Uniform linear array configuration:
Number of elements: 8
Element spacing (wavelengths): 1
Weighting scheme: uniform
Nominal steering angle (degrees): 60
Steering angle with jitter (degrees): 59.154
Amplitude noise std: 0.05
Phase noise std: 0.05

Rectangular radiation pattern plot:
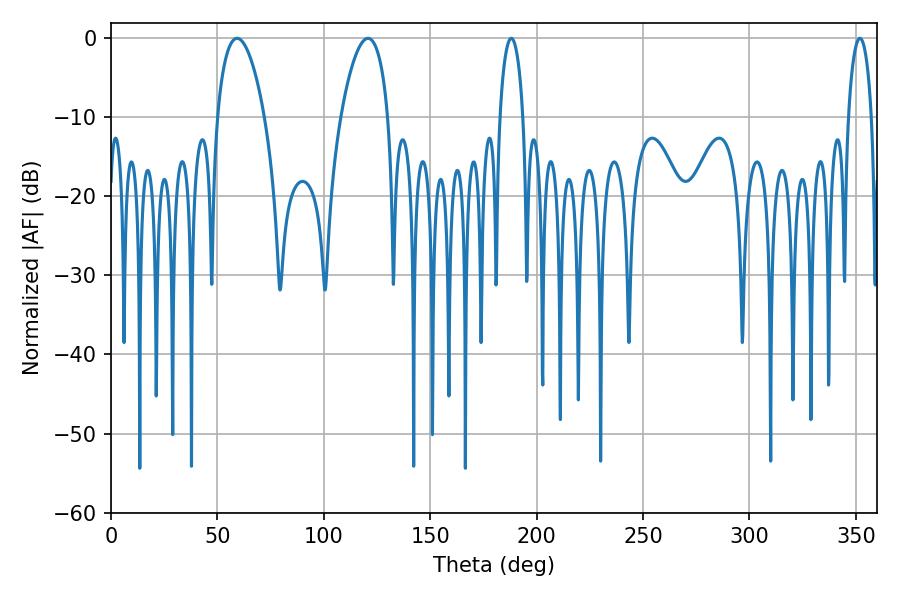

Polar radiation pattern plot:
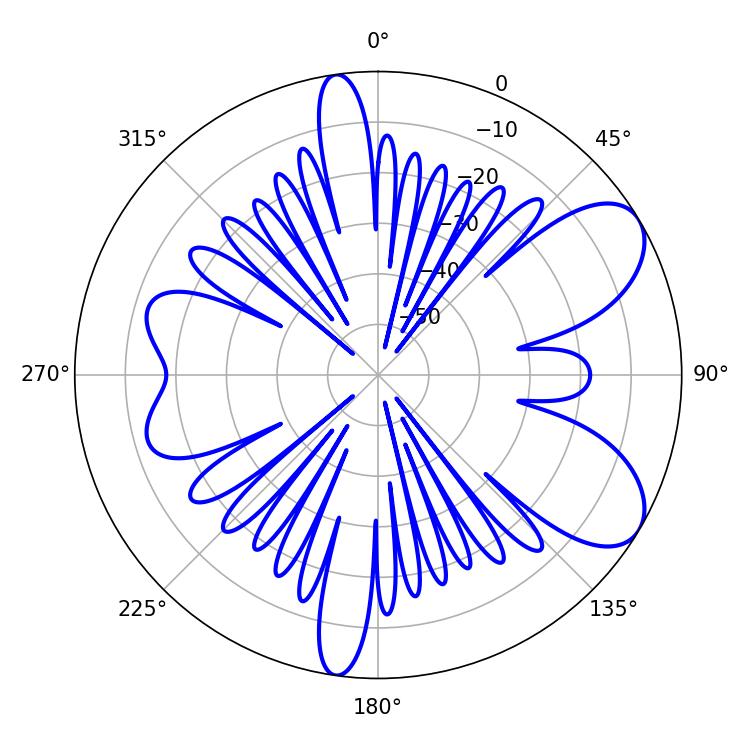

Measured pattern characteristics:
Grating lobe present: TRUE
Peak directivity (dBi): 7.729
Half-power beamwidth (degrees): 12.42
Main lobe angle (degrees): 59.22